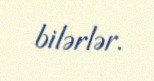
bilərlər.